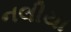
નલીયા